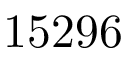
1 5 2 9 6